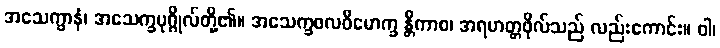
အသေက္ခာနံ၊ အသေက္ခပုဂ္ဂိုလ်တို့၏။ အသေက္ခဖလဝိမောက္ခ န္တိကာစ၊ အရဟတ္တဖိုလ်သည် လည်းကောင်း။ ဝါ၊